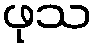
ဖုသ